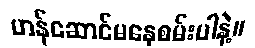
ဟန်ဆောင်မနေစမ်းပါနဲ့။